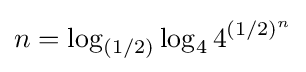
n=\log _{(1/2)}\log _{4}4^{(1/2)^{n}}